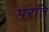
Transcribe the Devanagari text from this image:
परति